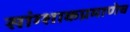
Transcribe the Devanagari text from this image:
सांग्शाकप्रमाणेच